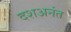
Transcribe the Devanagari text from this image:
दशअनंत